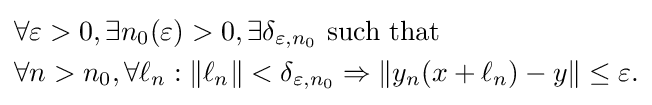
{\begin{aligned}&\forall \varepsilon >0,\exists n_{0}(\varepsilon )>0,\exists \delta _{\varepsilon ,n_{0}}{\text{ such that}}\\&\forall n>n_{0},\forall \ell _{n}:\|\ell _{n}\|<\delta _{\varepsilon ,n_{0}}\Rightarrow \|y_{n}(x+\ell _{n})-y\|\leq \varepsilon .\end{aligned}}